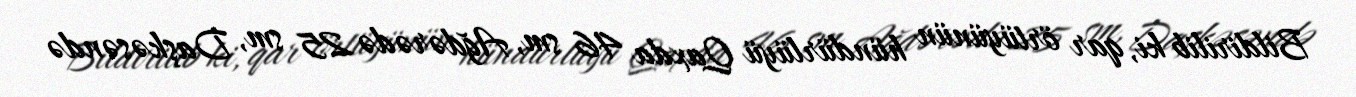
Bildirilib ki, qar örtüyünün hündürlüyü Qaxda 46 sm, Ağdərədə 25 sm, Daşkəsəndə